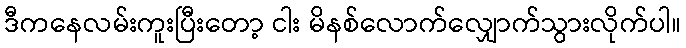
ဒီကနေလမ်းကူးပြီးတော့ ငါး မိနစ်လောက်လျှောက်သွားလိုက်ပါ။